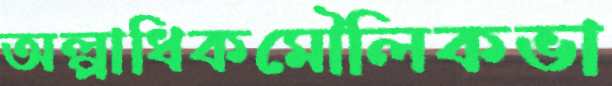
অল্পাধিকমৌলিকভা